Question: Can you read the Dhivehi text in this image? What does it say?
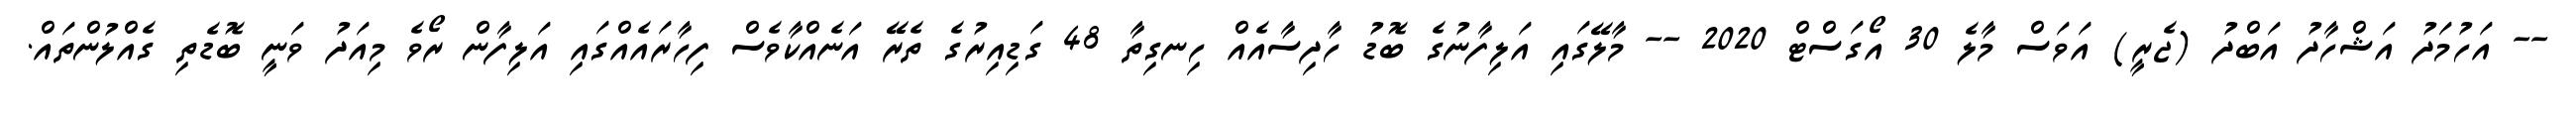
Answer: -- އަހުމަދު އަޝްހާދު އަބްދު (ޖެރީ) އަވަސް މާލެ 30 އޯގަސްޓް 2020 -- މާލޭގައި އަލިފާނުގެ ބޮޑު ހާދިސާއެއް ހިނގިތާ 48 ގަޑިއިރުގެ ތެރޭ އަނެއްކާވެސް ފިހާރައެއްގައި އަލިފާން ރޯވެ މިއަދު ވަނީ ބޮޑެތި ގެއްލުންތައް.